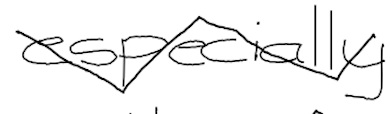
Text: especially
Cross-out: zig-zag
Writing tool: digital_black